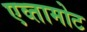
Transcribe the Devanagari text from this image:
एव्तामोट